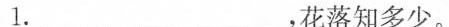
1.______________，花落知多少。